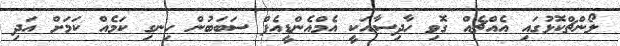
ލޯންޗްކޮޅުގައި އެއްޗެއް ގޮވި ހާދިސާއަކީ އެމްއެންޑީއެފް ސަބަބުން ހިނގި ކަމެއް ކަމަށް އަދި